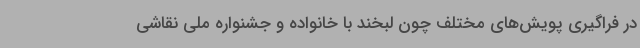
در فراگیری پویش‌های مختلف چون لبخند با خانواده و جشنواره ملی نقاشی